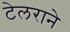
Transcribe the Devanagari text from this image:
टेलराने